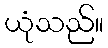
ယုံသည်။